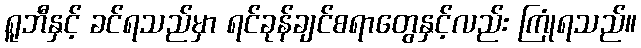
ရူဘီနှင့် ခင်ရသည်မှာ ရင်ခုန်ချင်စရာတွေနှင့်လည်း ကြုံရသည်။